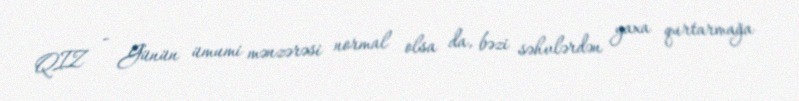
QIZ - Günün ümumi mənzərəsi normal olsa da, bəzi səhvlərdən yaxa qurtarmağa